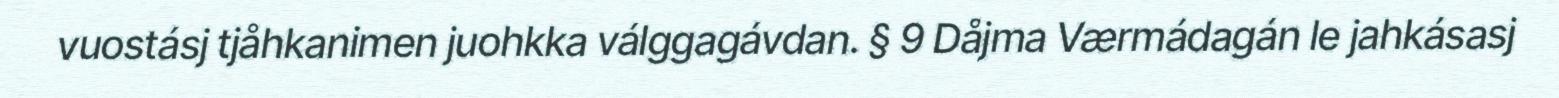
vuostásj tjåhkanimen juohkka válggagávdan. § 9 Dåjma Værmádagán le jahkásasj